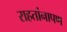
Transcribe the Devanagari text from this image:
राहतांनापण